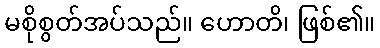
မစိုစွတ်အပ်သည်။ ဟောတိ၊ ဖြစ်၏။